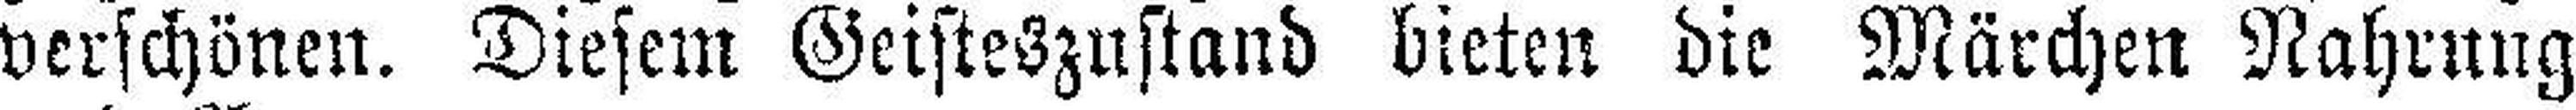
verschönen. Diesem Geisteszustand bieten die Märchen Nahrung